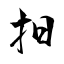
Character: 抇